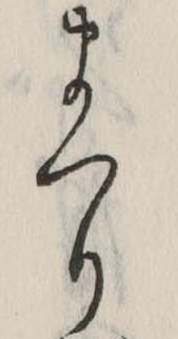
まつり